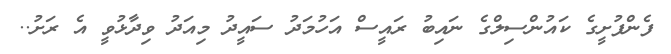
ފެންފުށީގެ ކައުންސިލްގެ ނައިބު ރައީސް އަހުމަދު ސައީދު މިއަދު ވިދާޅުވީ އެ ރަށު..